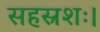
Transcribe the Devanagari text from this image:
सहस्रशः।